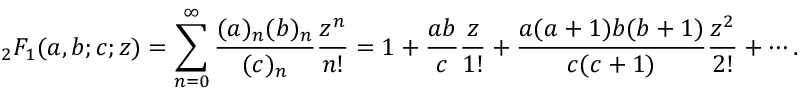
{ } _ { 2 } F _ { 1 } ( a , b ; c ; z ) = \sum _ { n = 0 } ^ { \infty } { \frac { ( a ) _ { n } ( b ) _ { n } } { ( c ) _ { n } } } { \frac { z ^ { n } } { n ! } } = 1 + { \frac { a b } { c } } { \frac { z } { 1 ! } } + { \frac { a ( a + 1 ) b ( b + 1 ) } { c ( c + 1 ) } } { \frac { z ^ { 2 } } { 2 ! } } + \cdots .